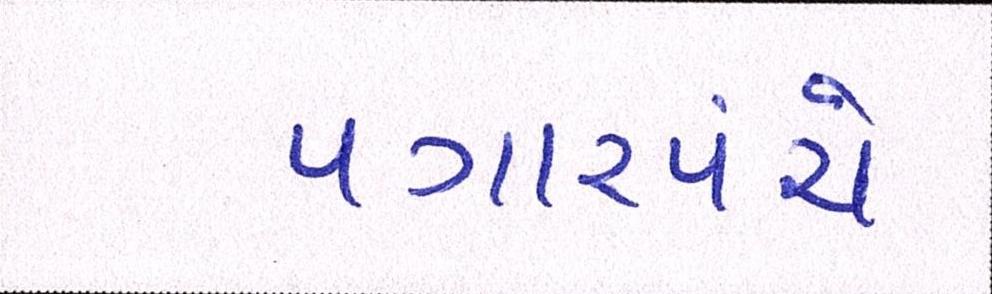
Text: પગારપંચે